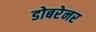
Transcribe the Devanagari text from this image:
डोबरेनर